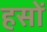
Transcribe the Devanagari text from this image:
हसों